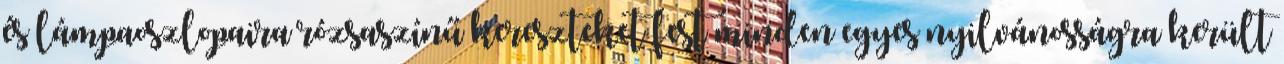
és lámpaoszlopaira rózsaszínű kereszteket fest minden egyes nyilvánosságra került